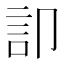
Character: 𮗷